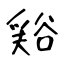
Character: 𧮾